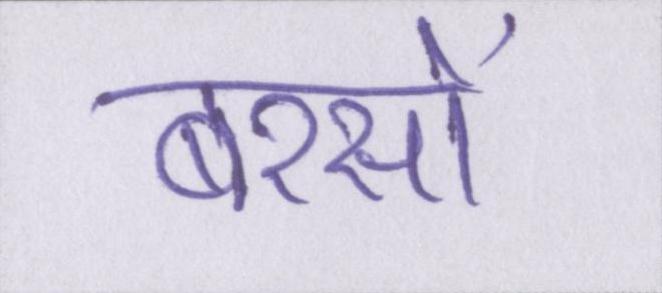
बरसों